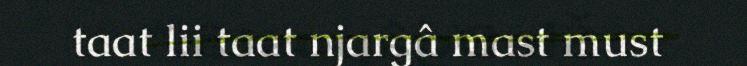
taat lii taat njargâ mast must